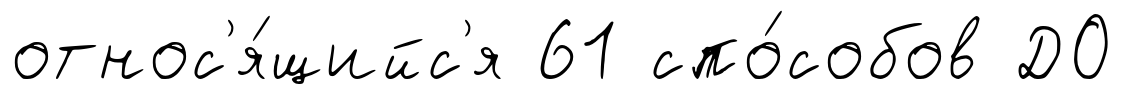
относ'я́щийс'я 61 спо́собов ДО